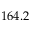
1 6 4 . 2